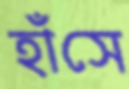
হাঁসে